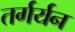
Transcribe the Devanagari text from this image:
तर्गर्यन